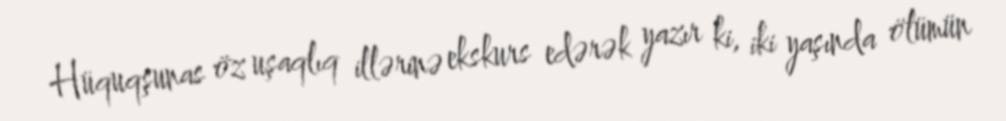
Hüquqşunas öz uşaqlıq illərinə ekskurs edərək yazır ki, iki yaşında ölümün